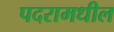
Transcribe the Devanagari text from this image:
पदरामधील